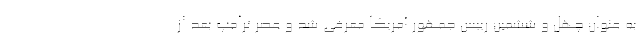
به عنوان چهل و ششمین رییس جمهور آمریکا معرفی شد و عصر ترامپ بعد از